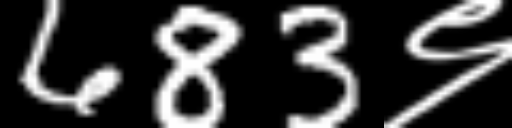
Text: 683९